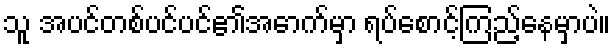
သူ အပင်တစ်ပင်ပင်၏အောက်မှာ ရပ်စောင့်ကြည့်နေမှာပဲ။